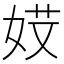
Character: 𡝄